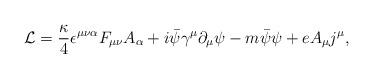
LaTeX: \begin{align*}{\cal L} = { \kappa \over 4} \epsilon^{\mu \nu \alpha } F_{\mu \nu } A_{\alpha} + i \bar{\psi} {\gamma}^{\mu} {\partial}_{\mu} \psi - m \bar{\psi} \psi + e A_{\mu} j^{\mu} ,\end{align*}